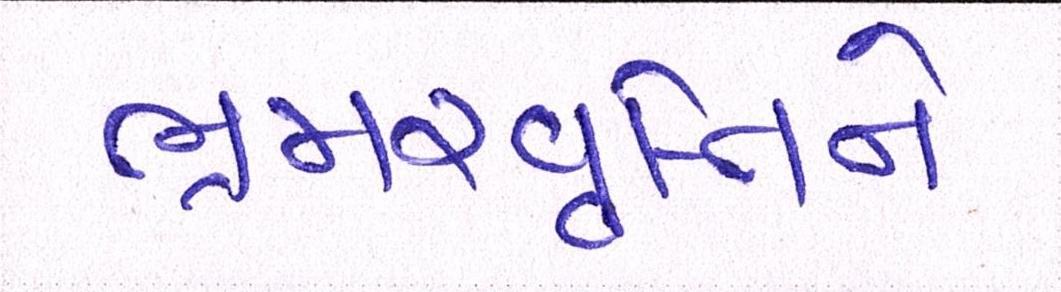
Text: ભ્રમરવૃતિને